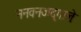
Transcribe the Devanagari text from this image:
ननवनजदृगालेः